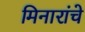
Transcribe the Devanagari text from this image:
मिनारांचे